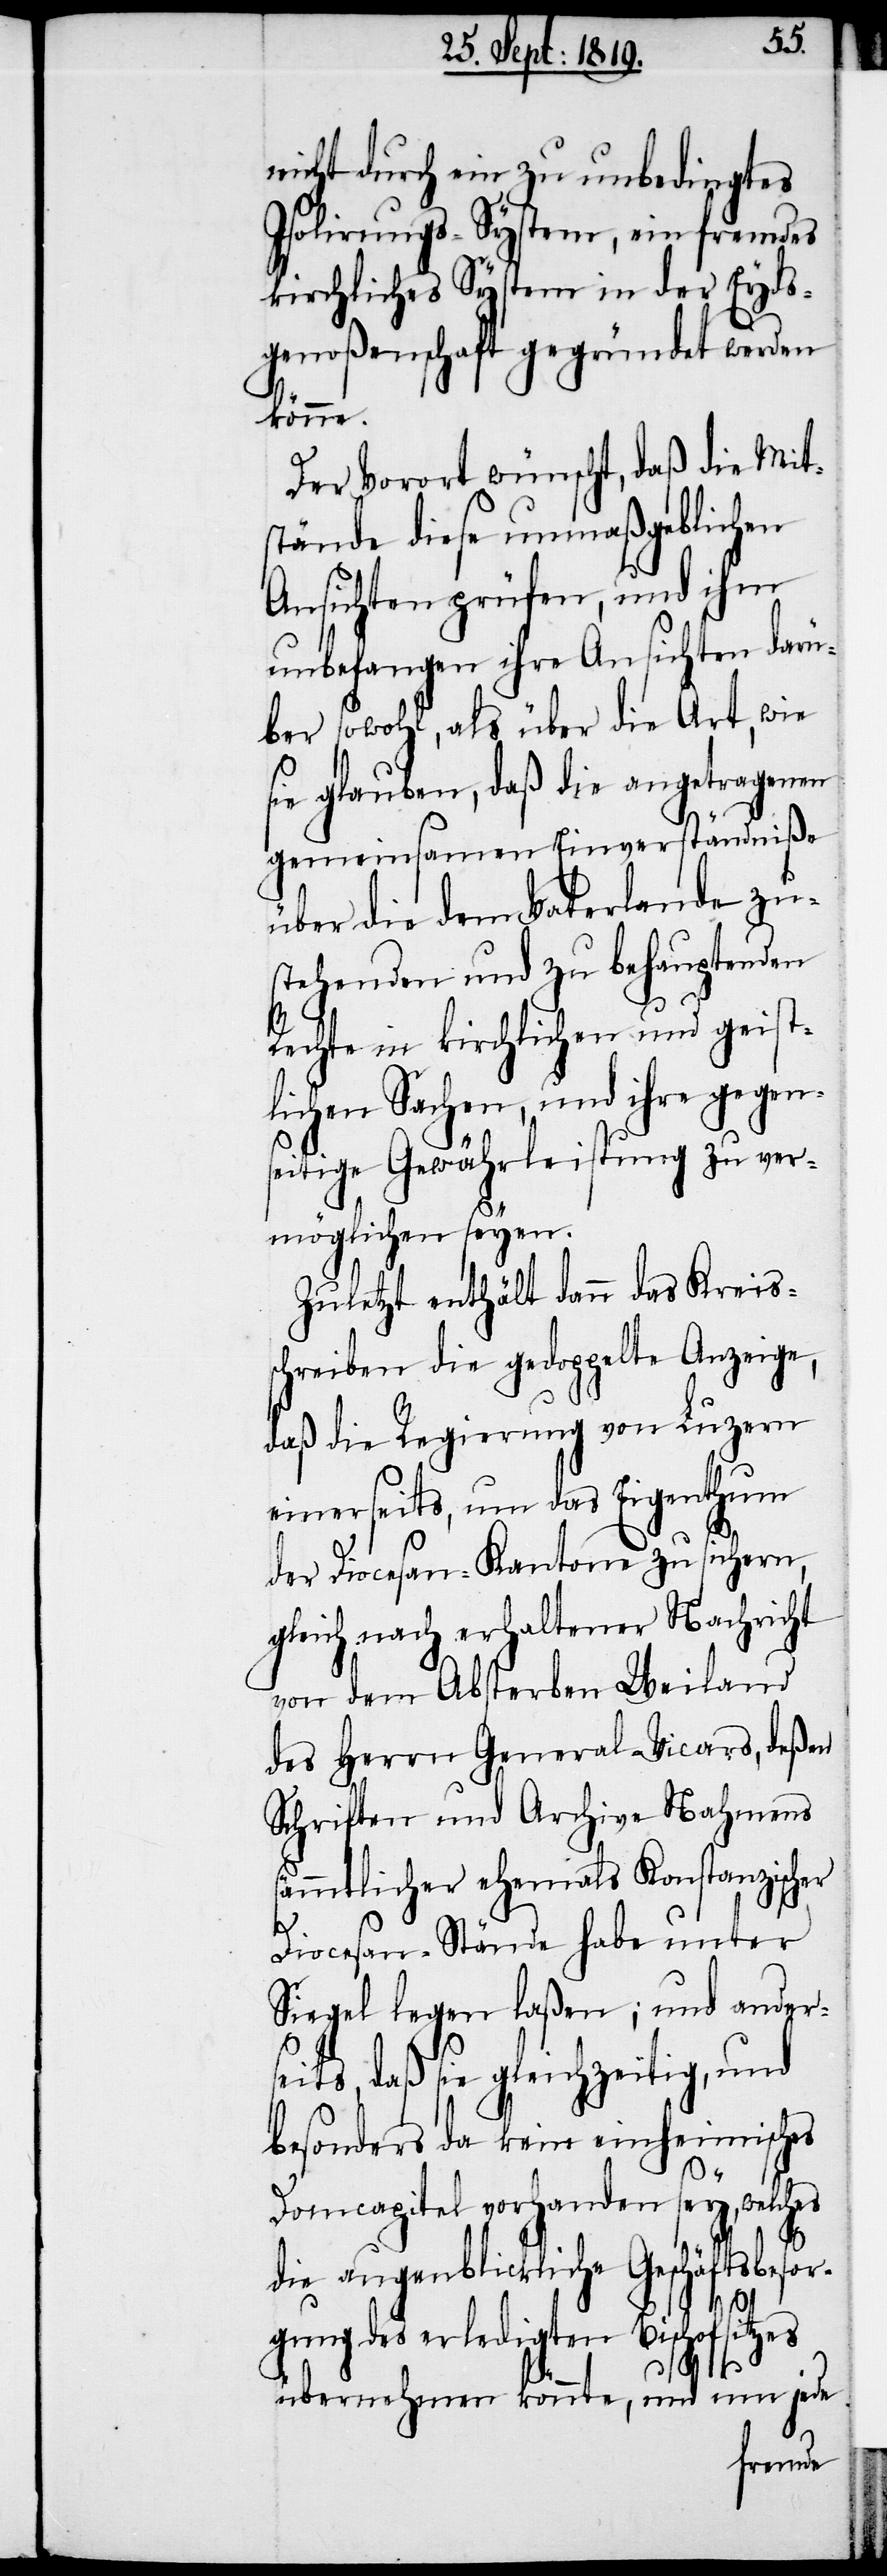
nicht durch ein zu unbedingtes
Isolirungs-System, ein fremdes
kirchliches System in der Eyds¬
genoßenschaft gegründet werden
könne.
Der Vorort wünscht, daß die Mit¬
stände diese unmaßgeblichen
Ansichten prüfen, und ihm
unbefangen ihre Ansichten darü¬
ber sowohl, als über die Art, wie
sie glauben, daß die angetragenen
gemeinsamen Einverständniße
über die dem Vaterlande zu¬
stehenden und zu behauptenden
Rechte in kirchlichen und geist¬
lichen Sachen, und ihre gegen¬
seitige Gewährleistung zu ver¬
möglichen seyen.
Zuletzt enthält dann das Kreis¬
schreiben die gedoppelte Anzeige,
daß die Regierung von Luzern
einerseits, um das Eigenthum
der Diocesan-Kantone zu sichern,
gleich nach erhaltener Nachricht
von dem Absterben Weiland
des Herrn General-Vicars, deßen
Schriften und Archive Nahmens
sämmtlicher ehemals Konstanzischer
Diocesan-Stände habe unter
Siegel legen laßen; und ander¬
seits, daß sie gleichzeitig, und
besonders da keine einheimisches
Domcapitel vorhanden sey, welches
die augenblickliche Geschäftsbesor¬
gung des erledigten Bischofsitzes
t¬
übernehmen könnte, und um jede